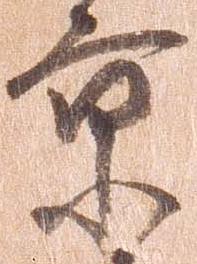
京